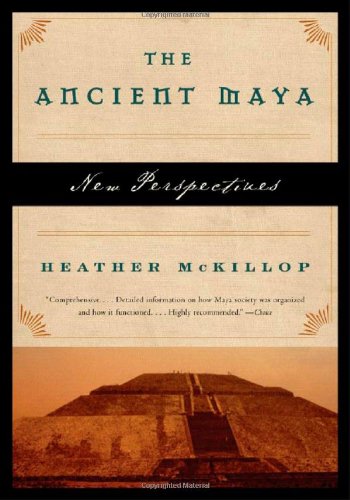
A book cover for The Ancient Maya: New Perspectives; Heather McKillop; History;